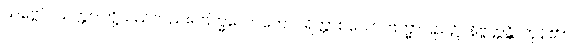
သဗ္ဗေပိ၊ သတ္တဝါတို့သည်လည်း။ ဗြဟ္မလောကေ၊ ပရိတ္တာစသော ဗြဟ္မာပြည်၌။ နိဗ္ဗတ္တန္တိ၊ ကုန်၏။